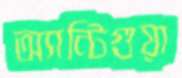
অ্যান্টিগুয়া